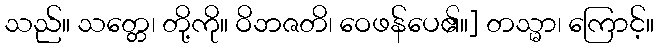
သည်။ သတ္တေ၊ တို့ကို။ ဝိဘဇတိ၊ ဝေဖန်ပေ၏။] တသ္မာ၊ ကြောင့်။